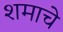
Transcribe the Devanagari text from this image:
शमाचे